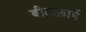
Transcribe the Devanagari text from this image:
बीटाफ़ार्म